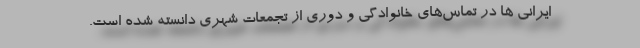
ایرانی ها در تماس‌های خانوادگی و دوری از تجمعات شهری دانسته شده است.